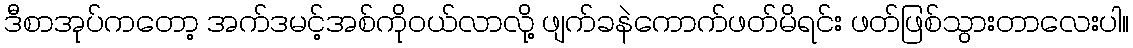
ဒီစာအုပ်ကတော့ အက်ဒမင့်အစ်ကိုဝယ်လာလို့ ဖျက်ခနဲကောက်ဖတ်မိရင်း ဖတ်ဖြစ်သွားတာလေးပါ။